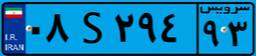
۰۸S۲۹۴۹۳